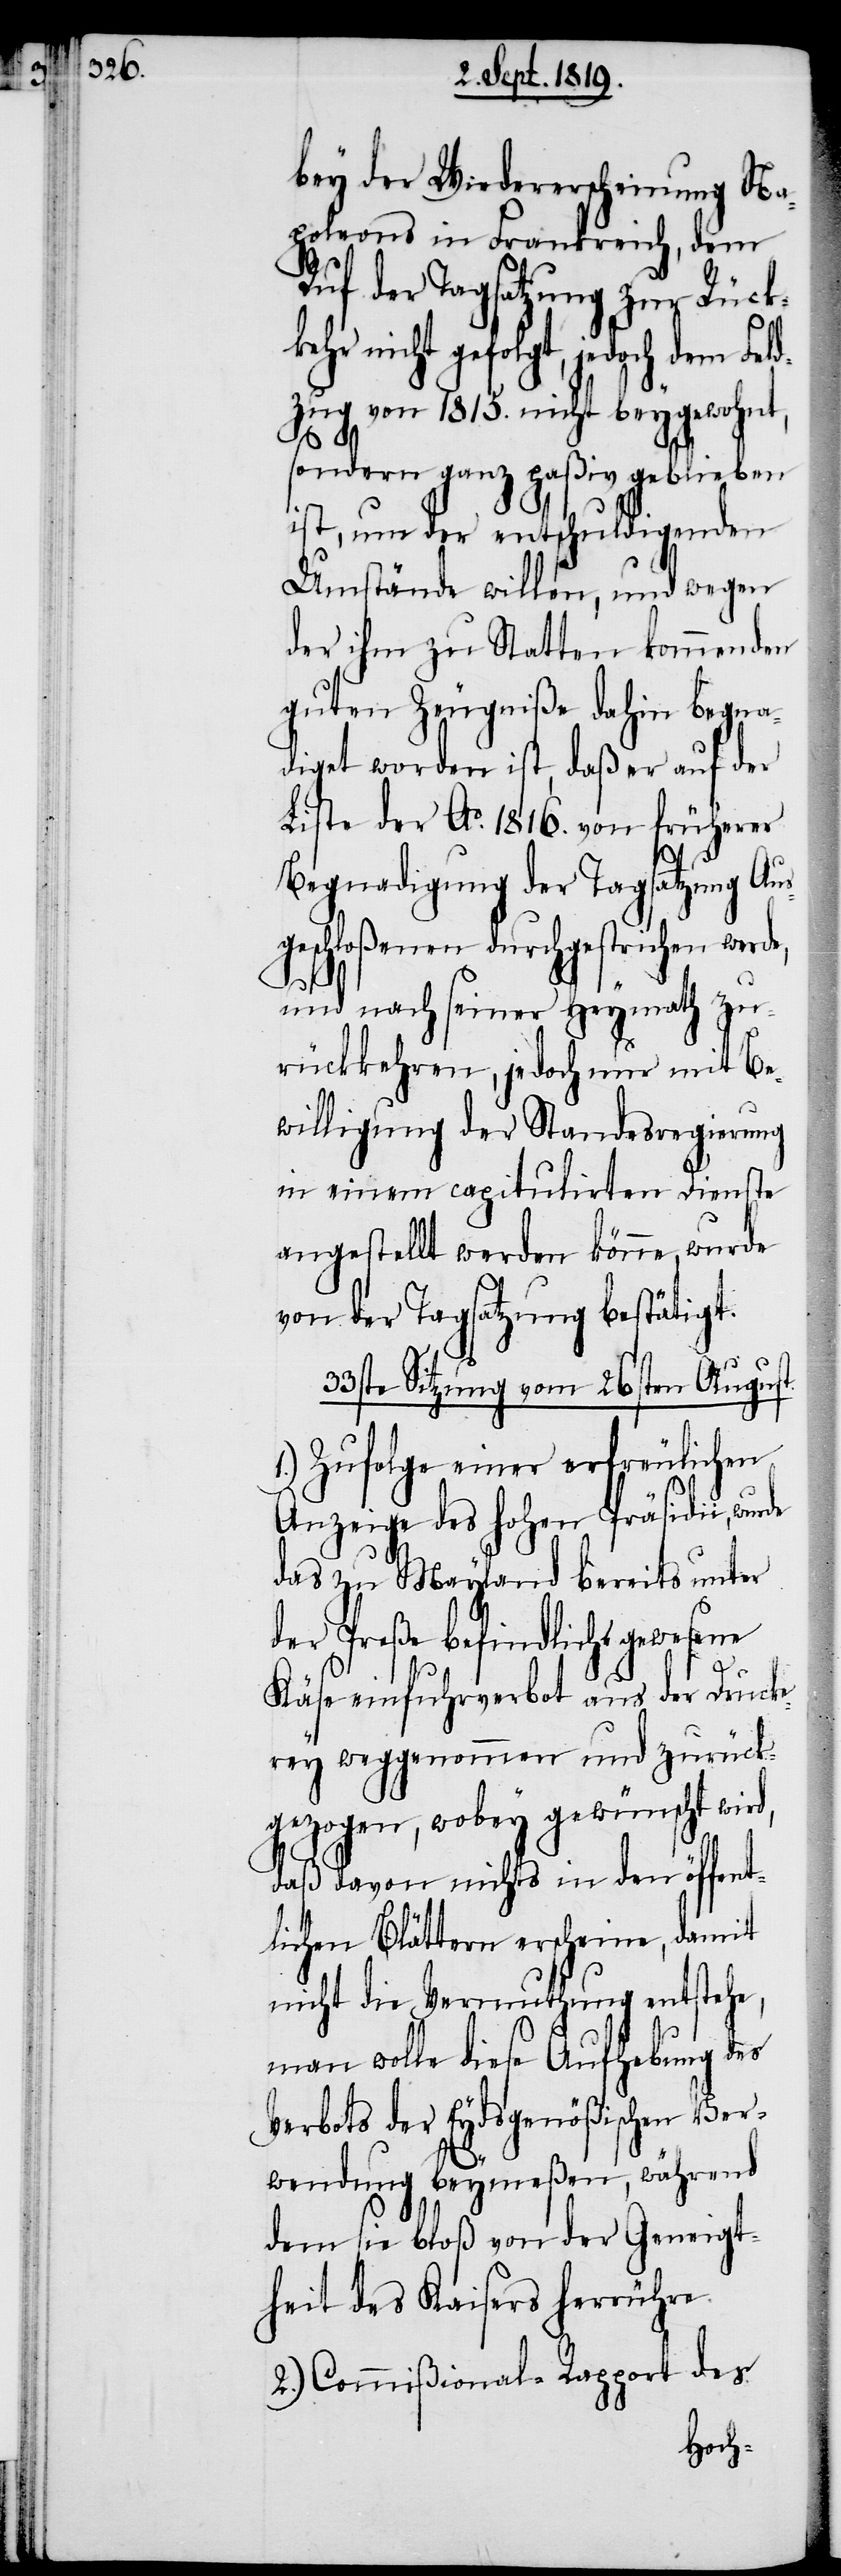
ke¬

bey der Wiedererscheinung Na¬
poleons in Frankreich, dem
Ruf der Tagsatzung zur Rück¬
hr nicht gefolgt, jedoch dem Fel¬
dzug von 1815. nicht beygewohnt,
sondern ganz paßiv geblieben
ist, um der entschuldigenden
Umstände willen, und wegen
der ihm zu Statten kommenden
guten Zeugniße dahin begna¬
diget worden ist, daß er auf der
Liste der Ao. 1816. von früherer
Begnadigung der Tagsatzung Aus¬
geschloßenen durchgestrichen werde,
und nach seiner Heymath zu¬
rückkehren, jedoch nur mit Be¬
willigung der Standesregierung
in einem capitulirten Dienste
angestellt werden könne, wurde
von der Tagsatzung bestätigt.
33ste Sitzung vom 26sten August.
1.) Zufolge einer erfreulichen
Anzeige des hohen Präsidii, wurde
das zu Mayland bereits unter
der Preße befindlich gewesene
Käseeinfuhrverbot aus der Drucke¬
rey weggenommen und zurück
gezogen, wobey gewünscht wird,
daß davon nichts in den öffent¬
lichen Blättern erscheine, damit
nicht die Vermuthung entstehe,
man wolle diese Aufhebung des
Verbots der Eydsgenößischen Ver¬
wendung beymeßen, während
dem sie bloß von der Geneigt¬
heit des Kaisers herrühre.
2.) Commißional-Rapport des